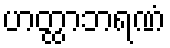
ဟတ္ထာဘရဏံ